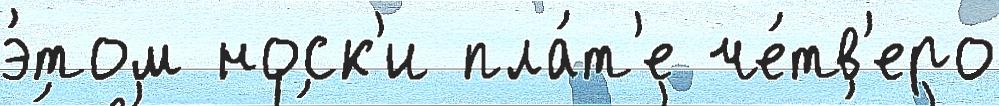
э́том носк'и пла́т'е че́тв'еро